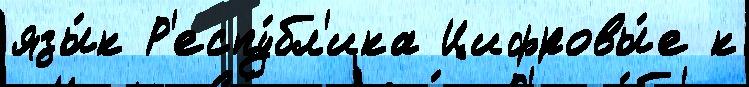
язы́к Р'еспу́бл'ика Цифровы́е к